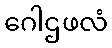
ဂေါဌဖလံ